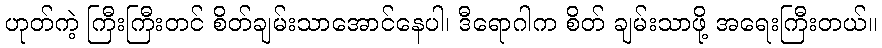
ဟုတ်ကဲ့ ကြီးကြီးတင် စိတ်ချမ်းသာအောင်နေပါ၊ ဒီရောဂါက စိတ် ချမ်းသာဖို့ အရေးကြီးတယ်။